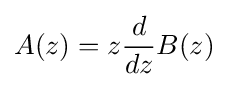
A(z)=z{\frac {d}{dz}}B(z)